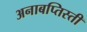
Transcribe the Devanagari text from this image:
अनाबप्तिस्ती